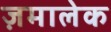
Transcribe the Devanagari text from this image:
ज़मालेक